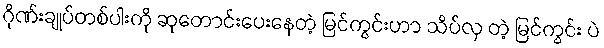
ဂိုဏ်းချုပ်တစ်ပါးကို ဆုတောင်းပေးနေတဲ့ မြင်ကွင်းဟာ သိပ်လှ တဲ့ မြင်ကွင်း ပဲ